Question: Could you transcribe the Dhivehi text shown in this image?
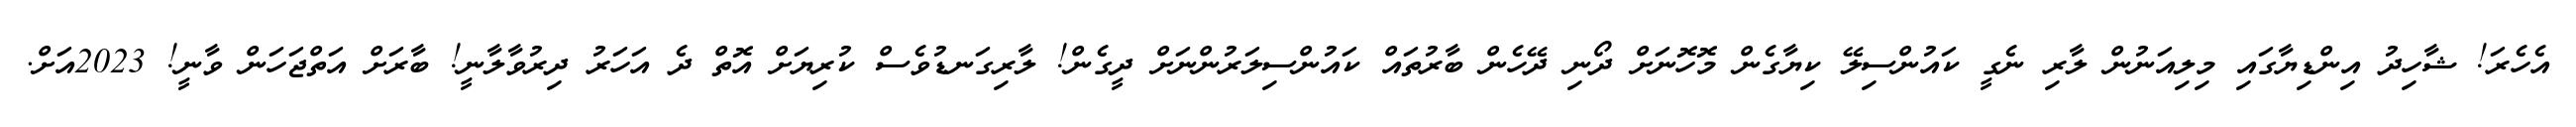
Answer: އެހެރަ! ޝާހިދު އިންޑިޔާގައި މިލިއަނުން ލާރި ނެގީ ކައުންސިލޭ ކިޔާގެން މޮހޮނަށް ދޯނި ދޭހެން ބާރުތައް ކައުންސިލަރުންނަށް ދީގެން! ލާރިގަނޑުވެސް ކުރިޔަށް އޮތް ދެ އަހަރު ދިރުވާލާނީ! ބާރަށް އަތްޖަހަން ވާނީ! 2023އަށް.